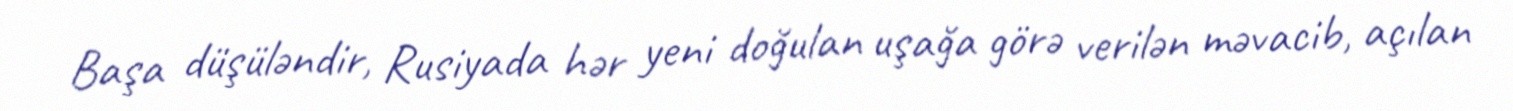
Başa düşüləndir, Rusiyada hər yeni doğulan uşağa görə verilən məvacib, açılan